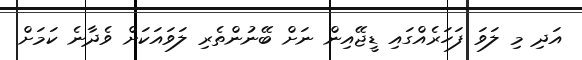
އަދި މި ލަވަ ފަހަރެއްގައި ޑީޖޭއިން ނަށް ބޭނުންތެރި ލަވައަކަށް ވެދާނެ ކަމަށް